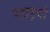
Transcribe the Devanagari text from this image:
पहाड़याँ